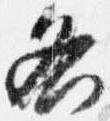
各